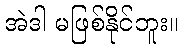
အဲဒါ မဖြစ်နိုင်ဘူး။